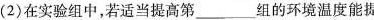
(2)在实验组中，若适当提高第___组的环境温度能提